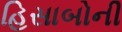
હિસાબોની